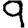
Digit: 9